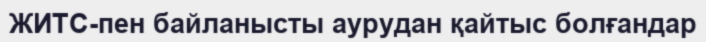
ЖИТС-пен байланысты аурудан қайтыс болғандар